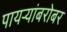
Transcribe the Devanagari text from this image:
पायऱ्यांबरोबर